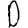
Digit: 0